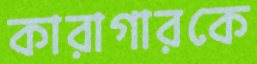
কারাগারকে